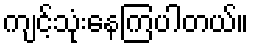
ကျင့်သုံးနေကြပါတယ်။